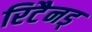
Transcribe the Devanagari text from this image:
रिटैनड्